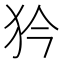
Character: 𤜰